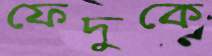
ফেদুকে